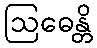
ဩဓေန္တိ